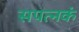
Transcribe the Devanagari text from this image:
सपत्नकं